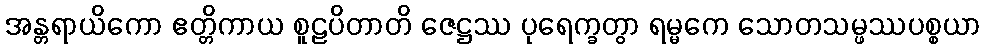
အန္တရာယိကော ဧတ္တိကာယ စူဠပိတာတိ ဇေဋ္ဌဿ ပုရေက္ခတွာ ရမ္မကေ သောတသမ္ဖဿပစ္စယာ